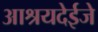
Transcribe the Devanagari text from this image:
आश्रयदेईजे